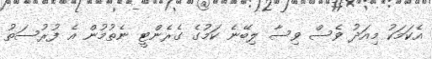
އެކަމަކު މިއަދު ވެސް ވިސާ ލިބޭނެ ކަމުގެ ގެރެންޓީ ނެތުމުން އެ ފުރުސަތު